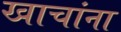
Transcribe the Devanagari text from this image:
खाचांना